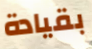
بقيادة